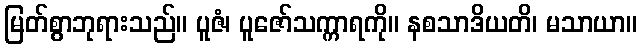
မြတ်စွာဘုရားသည်။ ပူဇံ၊ ပူဇော်သက္ကာရကို။ နစသာဒိယတိ၊ မသာယာ။